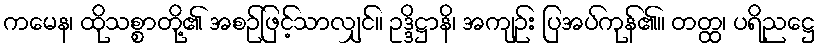
ကမေန၊ ထိုသစ္စာတို့၏ အစဉ်ဖြင့်သာလျှင်။ ဥဒ္ဒိဋ္ဌာနိ၊ အကျဉ်း ပြအပ်ကုန်၏။ တတ္ထ၊ ပရိညဋ္ဌေ